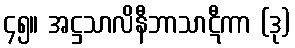
၄၅။ အဋ္ဌသာလိနီဘာသာဋီကာ (ဒု)